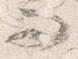
而